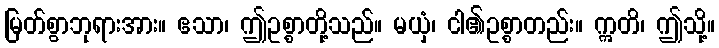
မြတ်စွာဘုရားအား။ ဧသာ၊ ဤဥစ္စာတို့သည်။ မယှံ၊ ငါ၏ဥစ္စာတည်း။ ဣတိ၊ ဤသို့။